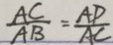
\frac { A C } { A B } = \frac { A D } { A C }